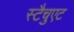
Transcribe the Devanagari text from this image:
स्टैचुएट